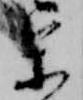
参